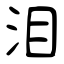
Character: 泪